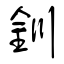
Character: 釧